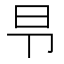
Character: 𰆌